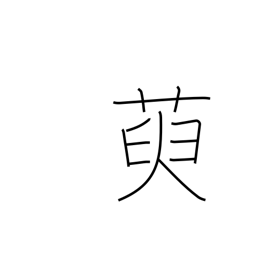
Meaning: oleaster